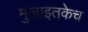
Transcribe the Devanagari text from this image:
मुलाइतकेच